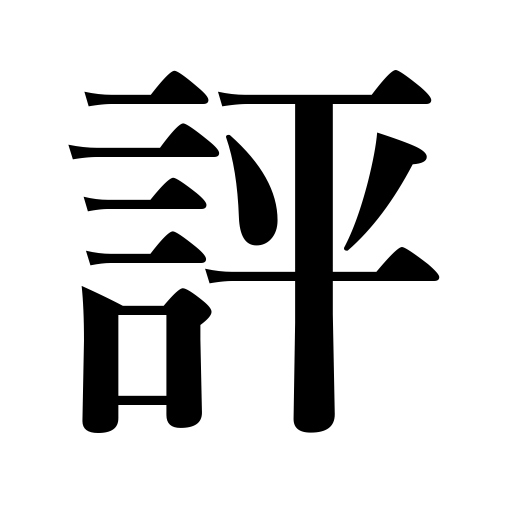
Meanings: comment,criticism